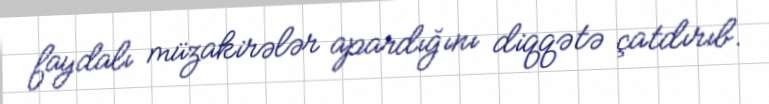
faydalı müzakirələr apardığını diqqətə çatdırıb.